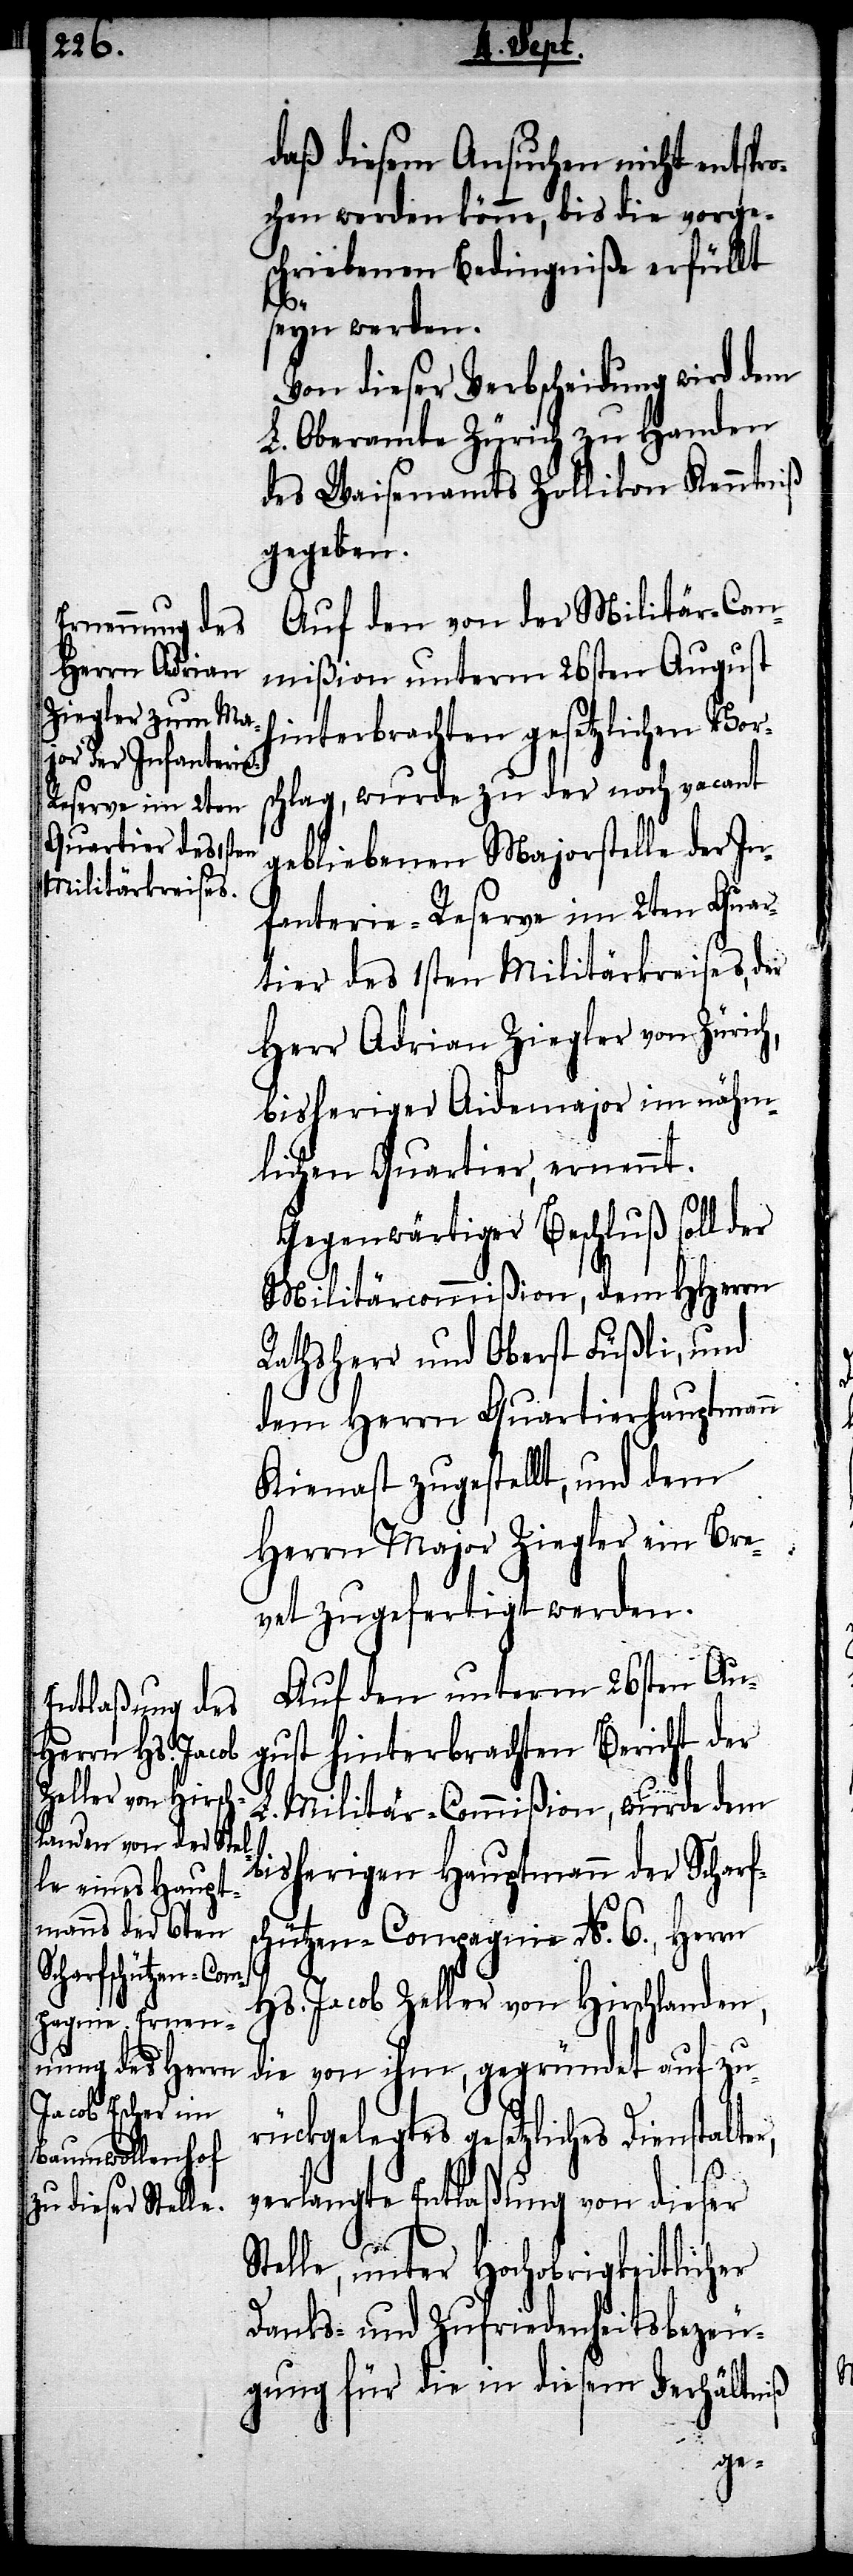
daß diesem Ansuchen nicht entspro¬
chen werden könne, bis die vorge¬
schriebenen Bedingniße erfüllt
r,
seyn werden.
Von dieser Verbscheidung wird dem
L. Oberamte Zürich zu Handen
des Waisenamts Zollikon Kenntniß
gegeben.
Auf den von der Militär-Com¬
mißion unterm 26sten August
hinterbrachten gesetzlichen Vor¬
schlag, wurde zu der noch vacant
gebliebenen Majorstelle der In¬
fanterie-Reserve im 2ten Quar¬
tier des 1sten Militärkreises, der
Herr Adrian Ziegler von Zürich,
bisheriger Aidemajor im nähm¬
lichen Quartier, ernennt.
Gegenwärtiger Beschluß soll der
Militärcommißion, dem HHerrn
Rathsherr und Oberst Füßli, und
Herrn Major Ziegler ein Bre¬
vet zugefertigt werden.
Auf den unterm 26sten Au¬
gust hinterbrachten Bericht der
L. Militär-Commißion, wurde dem
bisherigen Hauptmann der Scharf¬
schützen-Compagnie No. 6., Herrn
Hs. Jacob Zeller von Hirschlanden,
die von ihm, gegründet auf zu¬
rückgelegtes gesetzliches Dienstalte¬
verlangte Entlaßung von dieser
Stelle, unter Hochobrigkeitlicher
Danks- und Zufriedenheitsbezeu¬
gung für die in diesem Verhältniß